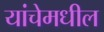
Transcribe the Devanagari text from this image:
यांचेमधील